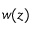
w ( z )